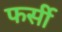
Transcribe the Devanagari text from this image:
फर्सी